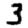
Digit: 3